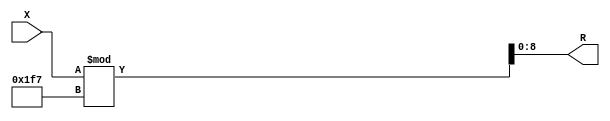
module x_400_mod_503_reg(
    input [400:1] X,
    output [9:1] R
    );


assign R = X % 503;

endmodule